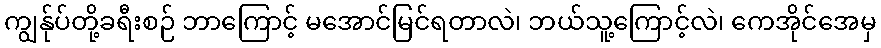
ကျွန်ုပ်တို့ခရီးစဉ် ဘာကြောင့် မအောင်မြင်ရတာလဲ၊ ဘယ်သူ့ကြောင့်လဲ၊ ကေအိုင်အေမှ